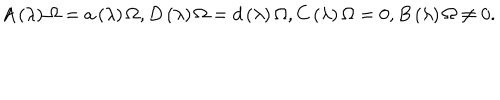
LaTeX: A \left( \lambda \right) \Omega = a \left( \lambda \right) \Omega , D \left( \lambda \right) \Omega = d \left( \lambda \right) \Omega , C \left( \lambda \right) \Omega = 0 , B \left( \lambda \right) \Omega \neq 0 .